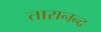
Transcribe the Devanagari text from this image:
तारानन्द